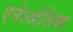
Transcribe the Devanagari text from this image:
एनेल्जेसिक